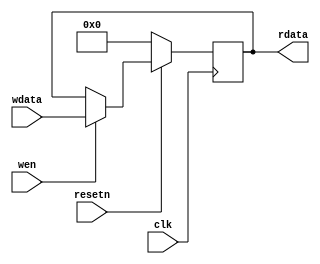
module HILO_reg(
	input         clk,
	input         resetn,
	input         wen,
	input  [31:0] wdata,
	output [31:0] rdata
);

	// TODO: insert your code      
     reg [31:0] r;  // 32 32-bits registers;
        
    always @ (posedge clk) begin
        if(~resetn)
            r <= 0; // Reset all registers to 0;
        else begin
            if(wen) r <= wdata; // Write under the clock when wen=1;
        end
    end
    assign rdata = r;
endmodule